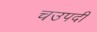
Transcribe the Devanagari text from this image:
चउपदी